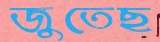
জুতেছ